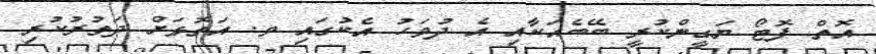
އޮތް ފޮޓޯ ޔަގީންކުރީ ބޭބެއަކާއި އެ ދުވަހު އެކުގައި ވ. އަތޮޅަށް ދަތުރުކުރި